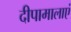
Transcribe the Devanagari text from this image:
दीपामालाएं